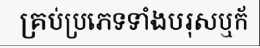
គ្រប់ប្រភេទទាំងបរុសឬក័